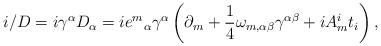
LaTeX: \begin{align*}i\slash D = i\gamma^\alpha D_\alpha=i{e^m}_\alpha \gamma^\alpha \left(\partial_m + {1\over 4}\omega_{m,\alpha\beta}\gamma^{\alpha\beta}+iA^i_m t_i\right),\end{align*}